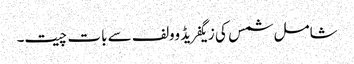
شامل شمس کی زیگفریڈ وولف سے بات چیت۔